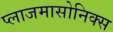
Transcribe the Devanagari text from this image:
प्लाजमासोनिक्स